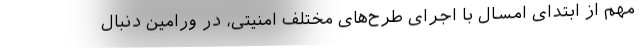
مهم از ابتدای امسال با اجرای طرح‌های مختلف امنیتی، در ورامین دنبال